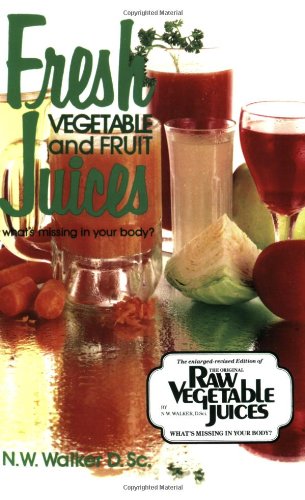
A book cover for Fresh Vegetable and Fruit Juices; Dr. N.W. Walker D.Sc.; Cookbooks, Food & Wine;